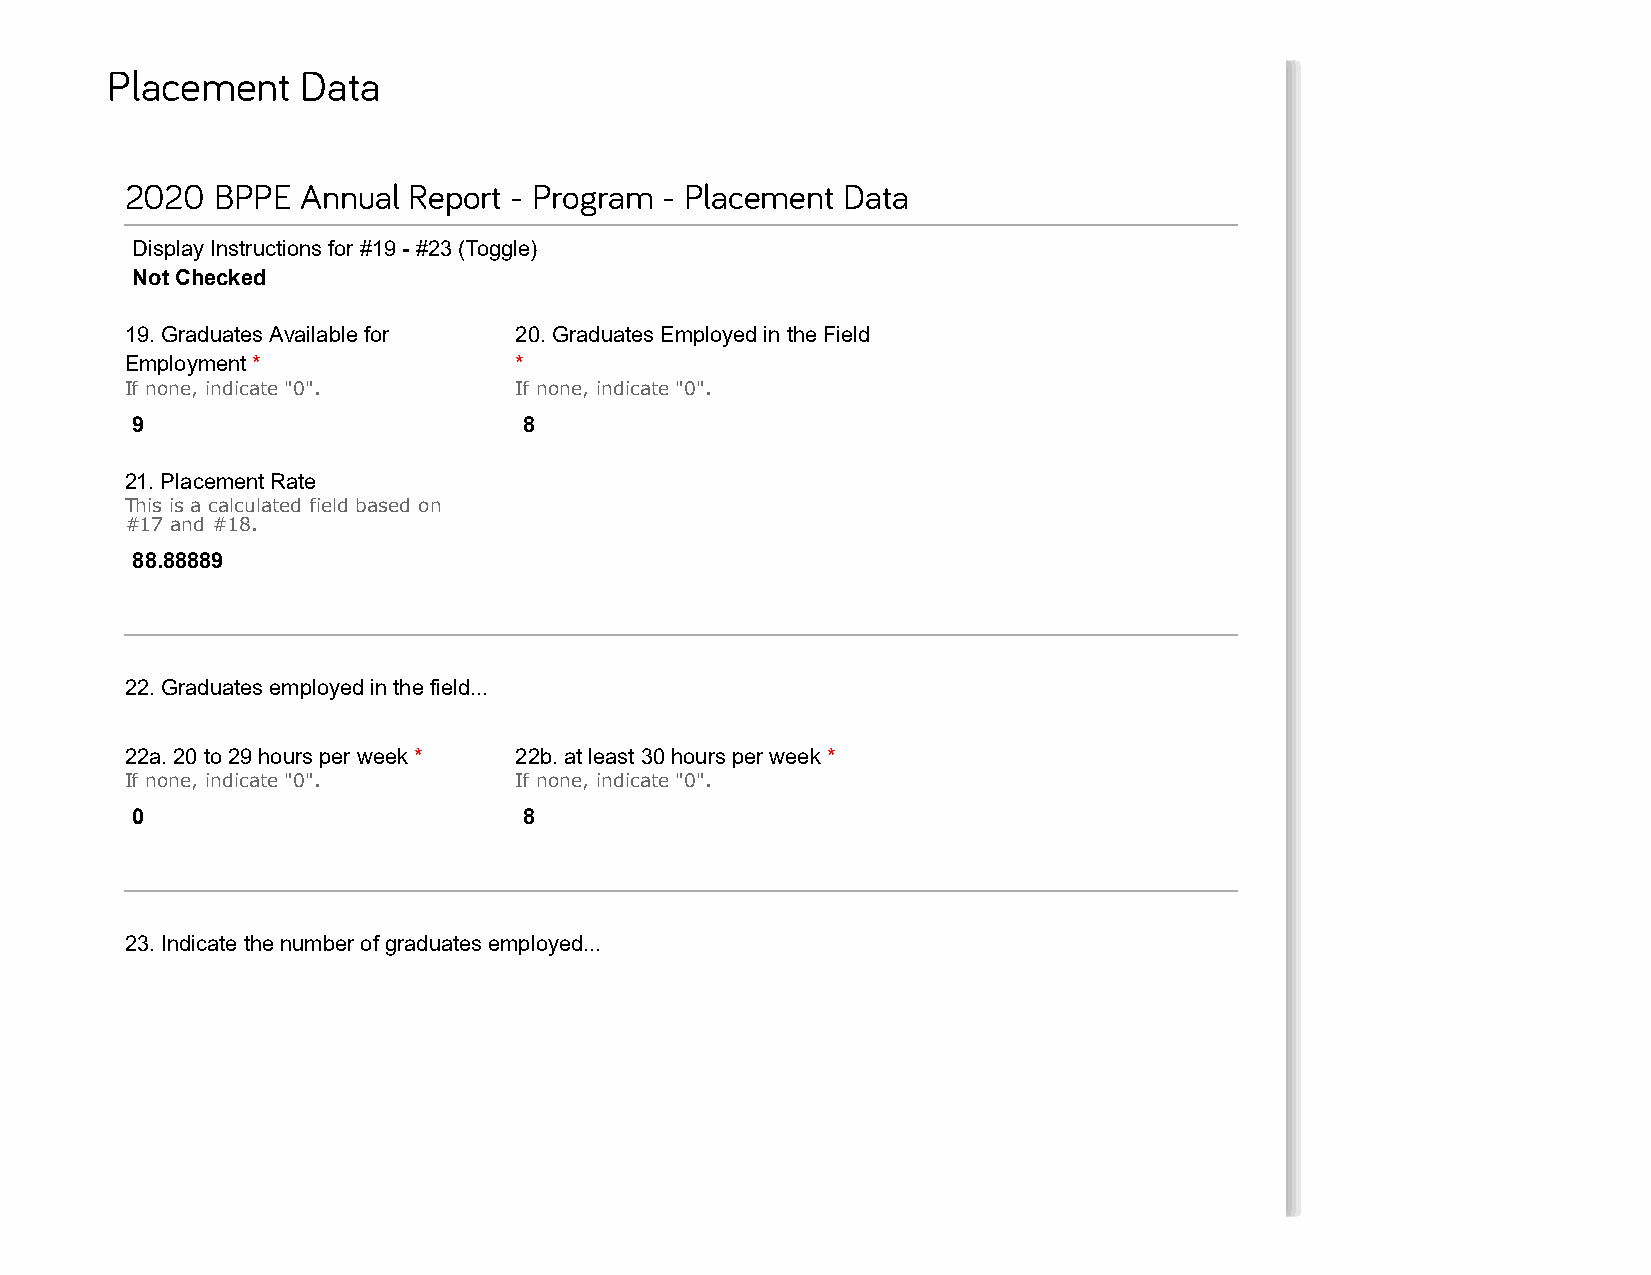
Placement    Data
 2020  BPPE  Annual Report - Program - Placement Data
 Display Instructions for #19 - #23 (Toggle)
 Not Checked
 19. Graduates Available for 20. Graduates Employed in the Field
 Employment *              *
 If none, indicate "0".    If none, indicate "0".
 9                         8
 21. Placement Rate
 This is a calculated field based on
 #17 and #18.
 88.88889
 22. Graduates employed in the field...
 22a. 20 to 29 hours per week * 22b. at least 30 hours per week *
 If none, indicate "0".    If none, indicate "0".
 0                         8
 23. Indicate the number of graduates employed...